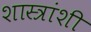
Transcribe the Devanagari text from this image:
शास्त्रांशी